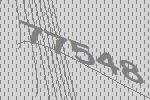
77548